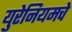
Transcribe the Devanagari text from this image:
युरेनियमचे